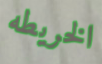
الخريطه